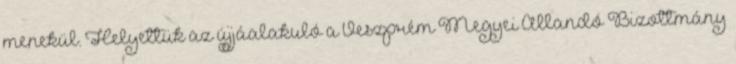
menekül. Helyettük az újjáalakuló a Veszprém Megyei Állandó Bizottmány